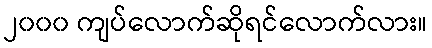
၂၀၀၀ ကျပ်လောက်ဆိုရင်လောက်လား။